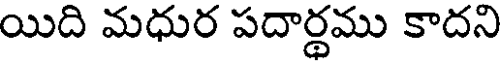
యిది మధుర పదార్థము కాదని